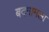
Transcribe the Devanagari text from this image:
बदगामला